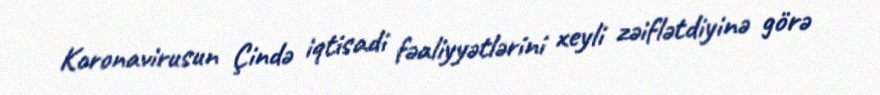
Koronavirusun Çində iqtisadi fəaliyyətlərini xeyli zəiflətdiyinə görə